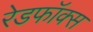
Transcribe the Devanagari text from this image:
रेडफॉक्स